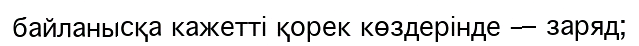
байланысқа кажетті қорек көздерінде — заряд;